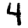
Digit: 4